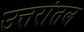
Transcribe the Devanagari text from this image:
उत्तरांतल